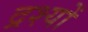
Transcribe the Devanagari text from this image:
द्रश्‍यों